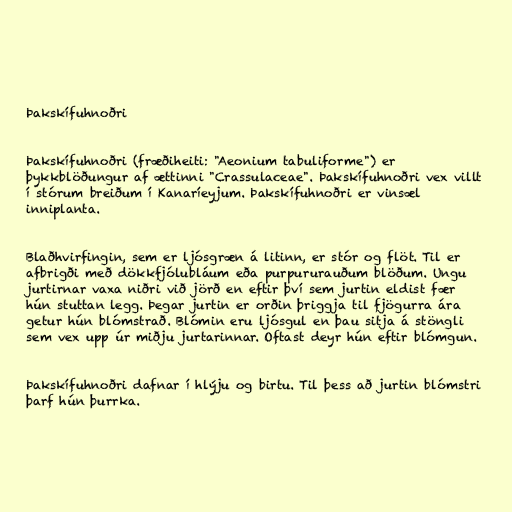
Þakskífuhnoðri

Þakskífuhnoðri (fræðiheiti: "Aeonium tabuliforme") er
þykkblöðungur af ættinni "Crassulaceae". Þakskífuhnoðri vex villt
í stórum breiðum í Kanaríeyjum. Þakskífuhnoðri er vinsæl
inniplanta.

Blaðhvirfingin, sem er ljósgræn á litinn, er stór og flöt. Til er
afbrigði með dökkfjólubláum eða purpururauðum blöðum. Ungu
jurtirnar vaxa niðri við jörð en eftir því sem jurtin eldist fær
hún stuttan legg. Þegar jurtin er orðin þriggja til fjögurra ára
getur hún blómstrað. Blómin eru ljósgul en þau sitja á stöngli
sem vex upp úr miðju jurtarinnar. Oftast deyr hún eftir blómgun.

Þakskífuhnoðri dafnar í hlýju og birtu. Til þess að jurtin blómstri
þarf hún þurrka.